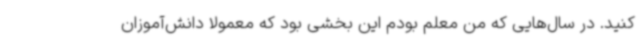
کنید. در سال‌هایی که من معلم بودم این بخشی بود که معمولا دانش‌آموزان